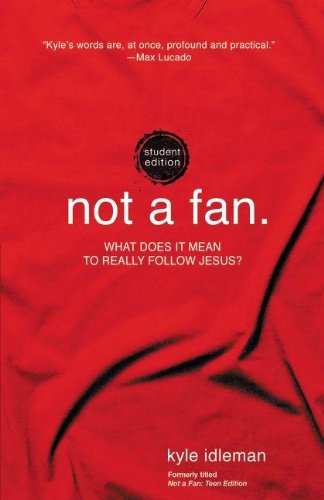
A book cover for Not a Fan Student Edition: What does it mean to really follow Jesus?; Kyle Idleman; Christian Books & Bibles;